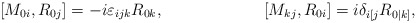
\begin{align*}[M_{0i},R_{0j}]=-i\varepsilon_{ijk}R_{0k},\hspace{1in}[M_{kj},R_{0i}]=i\delta_{i[j}R_{0|k]},\end{align*}